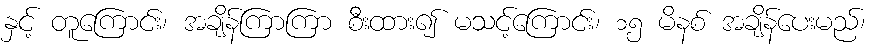
နှင့် တူကြောင်း၊ အချိန်ကြာကြာ စီးထား၍ မသင့်ကြောင်း၊ ၁၅ မိနစ် အချိန်ပေးမည်၊